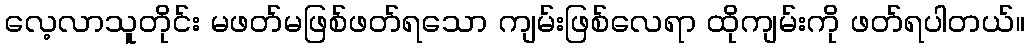
လေ့လာသူတိုင်း မဖတ်မဖြစ်ဖတ်ရသော ကျမ်းဖြစ်လေရာ ထိုကျမ်းကို ဖတ်ရပါတယ်။